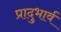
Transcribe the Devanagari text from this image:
प्रादुभार्व